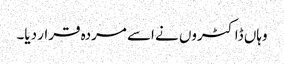
وہاں ڈاکٹروں نے اسے مردہ قرار دیا۔